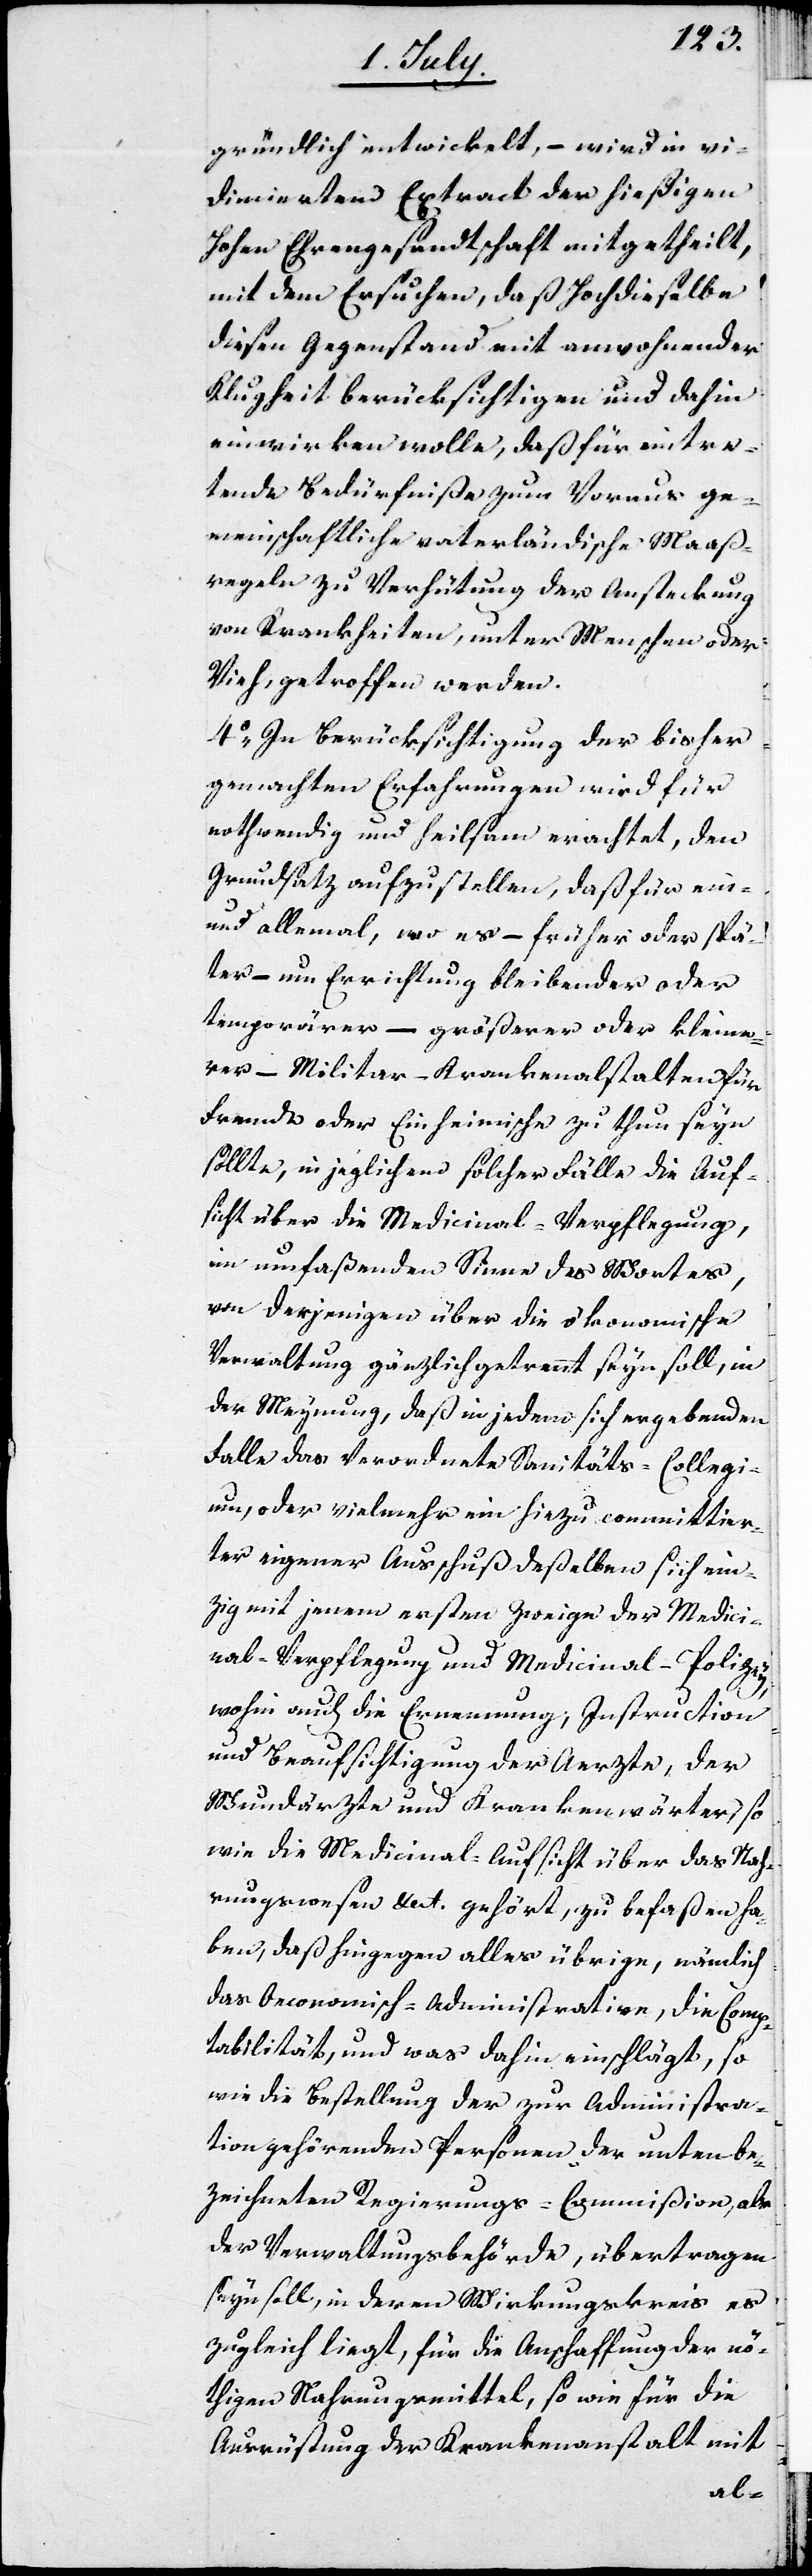
gründlich entwickelt, – wird in vi¬
dimiertem Extract der hießigen
Hohen Ehrengesandtschaft mitgetheilt,
mit dem Ersuchen, daß Hochdieselbe
diesen Gegenstand mit anwohnender
Klugheit berücksichtigen und dahin
einwirken wolle, daß für eintre¬
tende Bedürfniße zum Voraus ge¬
meinschaftliche vaterländische Maaß¬
regeln zu Verhütung der Ansteckung
von Krankheiten, unter Menschen oder
Vieh, getroffen werden.
4o In Berücksichtigung der bisher
gemachten Erfahrungen wird für
nothwendig und heilsam erachtet, den
Grundsatz aufzustellen, daß für ein-
und allemal, wo es – früher oder spä¬
ter – um Errichtung bleibender oder
temporärer – größerer oder kleine¬
rer – Militar-Krankenanstalten für
Fremde oder Einheimische zu thun seyn
sollte, in jeglichem solcher Fälle die Auf¬
sicht über die Medicinal-Verpflegung,
im umfaßenden Sinn des Wortes
von derjenigen über die ökonomische
Verwaltung gänzlich getrennt seyn soll, in
der Meynung, daß in jedem sich ergebenden
Falle das Verordnete Santitäts-Collegi¬
um, oder vielmehr ein hiezu commitier¬
ter eigener Ausschluß deßelben sich ein¬
zig mit jenem ersten Zweige der Medici¬
nal-Verpflegung und Medicinal-Polizey,
wohin auch die Ernennung, Instruction
und Beaufsichtigung der Aerzte, der
Wundärzte und Krankenwärter, so
wie die Medicinal-Aufsicht über das Nah¬
rungswesen etc. gehört, zu befaßen ha¬
ben, daß hingegen alles übrige, nämlich
das Oeconomisch-Administrative, die Comp¬
tabilität, und was dahin einschlägt, so
wie die Bestellung der zur Administra¬
tion gehörenden Personen der unten be¬
zeichneten Regierungs-Commißion, als
der Verwaltungsbehörde, übertragen
seyn soll, in deren Wirkungskreis es
zugleich liegt, für die Anschaffung der nö¬
thigen Nahrungsmittel, so wie für die
Ausrüstung der Krankenanstalt mit